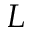
{ \cal L }